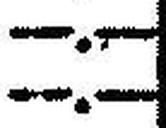
—.—